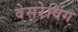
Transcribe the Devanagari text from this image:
वेसरेविग